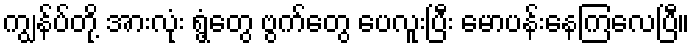
ကျွန်ပ်တို့ အားလုံး ရွံ့တွေ ဗွက်တွေ ပေလူးပြီး မောပန်းနေကြလေပြီ။